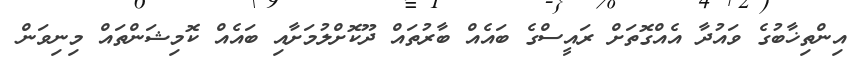
އިންތިޚާބުގެ ވައުދާ އެއްގޮތަށް ރައީސްގެ ބައެއް ބާރުތައް ދޫކޮށްލުމަށާއި ބައެއް ކޮމިޝަންތައް މިނިވަން